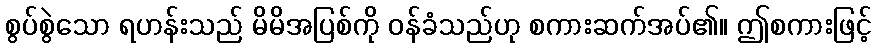
စွပ်စွဲသော ရဟန်းသည် မိမိအပြစ်ကို ဝန်ခံသည်ဟု စကားဆက်အပ်၏။ ဤစကားဖြင့်